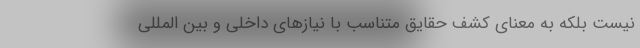
نیست بلکه به معنای کشف حقایق متناسب با نیازهای داخلی و بین المللیِ